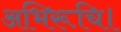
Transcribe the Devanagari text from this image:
अभिरूचि।